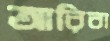
আরিবা